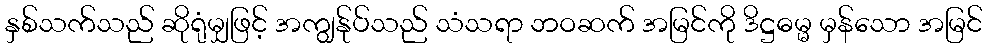
နှစ်သက်သည် ဆိုရုံမျှဖြင့် အကျွန်ုပ်သည် သံသရာ ဘဝဆက် အမြင်ကို ဒိဋ္ဌဓမ္မ မှန်သော အမြင်